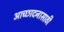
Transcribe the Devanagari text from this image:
आच्छादनासाठी